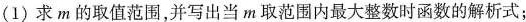
(I)求m的取值范围，并写出当m取范围内最大整数时函数的解析式；